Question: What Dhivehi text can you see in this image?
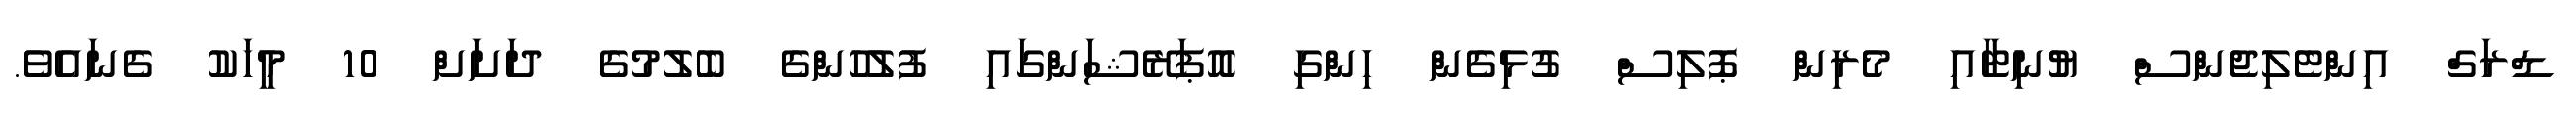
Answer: ޑްރަގް އިންޓެލިޖެންސް ޔުނިޓާއި މެރިން ޕޮލިސް ގުޅިގެން ހިންގި އޮޕަރޭޝަންގައި ފުލުހުންގެ ބެލުމުގެ ދަށަށް 10 މީހަކު ގެނައެވެ.